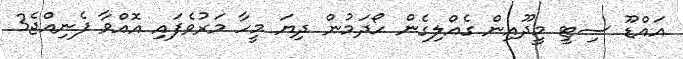
އައްޑޫ ސިޓީ މީދޫއިން ގެއްލިގެން ހޯދަމުން ދިޔަ މީހާ މަރުވެފައި އޮއްވާ ފެނިއްޖެ3